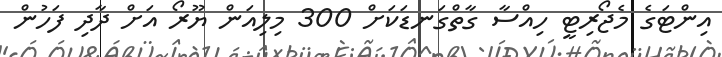
އިންޓަގެ މެޖޯރިޓީ ހިއްސާ ގާތްގަނޑަކަށް 300 މިލިއަން ޔޫރޯ އަށް ދާދި ފަހުން